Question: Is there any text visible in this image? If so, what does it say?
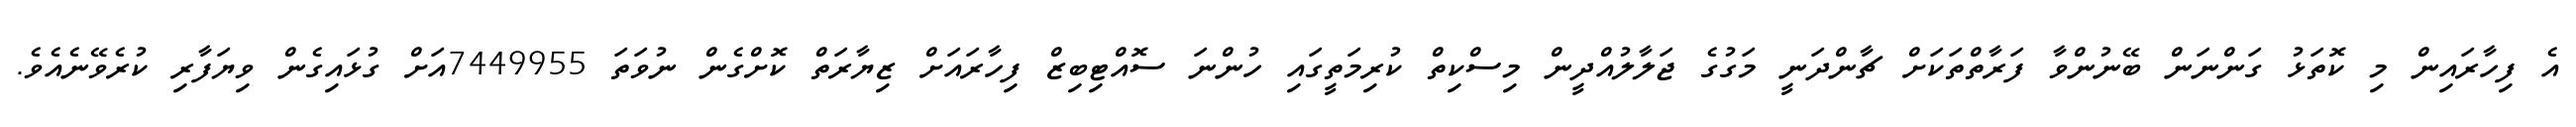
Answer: އެ ފިހާރައިން މި ކޮތަޅު ގަންނަން ބޭނުންވާ ފަރާތްތަކަށް ޗާންދަނީ މަގުގެ ޖަލާލުއްދީން މިސްކިތް ކުރިމަތީގައި ހުންނަ ސޮއްޓިބިޒް ފިހާރައަށް ޒިޔާރަތް ކޮށްގެން ނުވަތަ 7449955އަށް ގުޅައިގެން ވިޔަފާރި ކުރެވޭނެއެވެ.